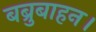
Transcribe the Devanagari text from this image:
बब्रुबाहन।